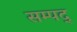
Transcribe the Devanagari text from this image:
सम्पद्